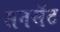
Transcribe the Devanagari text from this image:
सनसॅट